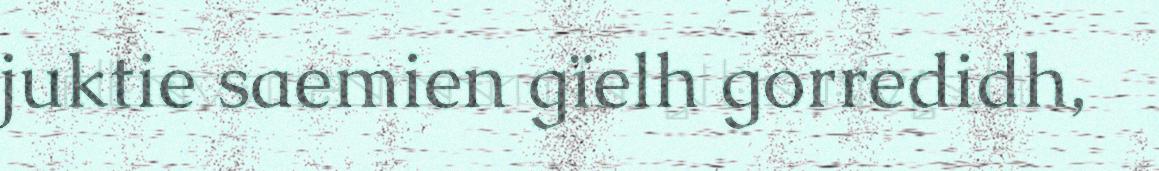
juktie saemien gïelh gorredidh,